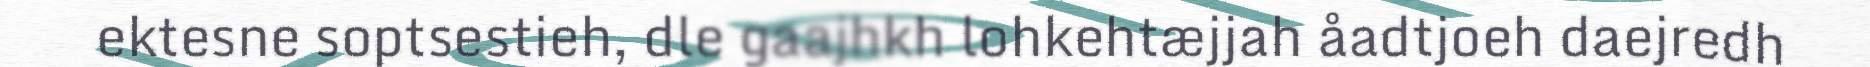
ektesne soptsestieh, dle gaajhkh lohkehtæjjah åadtjoeh daejredh